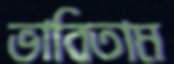
ভাবিতাম